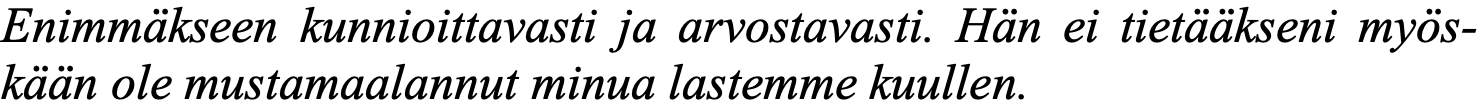
Enimmäkseen kunnioittavasti ja arvostavasti. Hän ei tietääkseni myös- kään ole mustamaalannut minua lastemme kuullen.